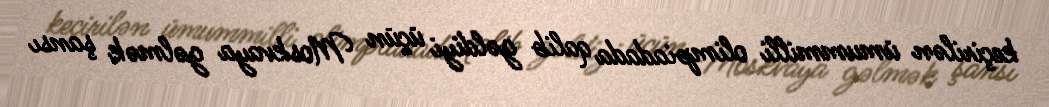
keçirilən ümummilli olimpiadada qalib gəldiyi üçün Moskvaya gəlmək şansı